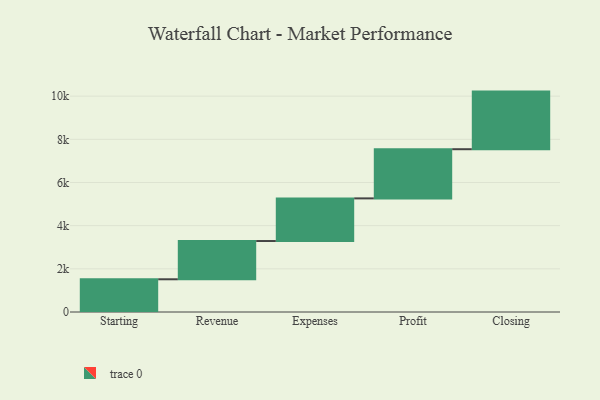
{"axis": {"x": "Step", "y": "Value"}, "legend": [""], "data": [{"x": "Starting", "y": 1516.0, "type": ""}, {"x": "Revenue", "y": 1772.0, "type": ""}, {"x": "Expenses", "y": 1976.0, "type": ""}, {"x": "Profit", "y": 2278.0, "type": ""}, {"x": "Closing", "y": 2669.0, "type": ""}]}